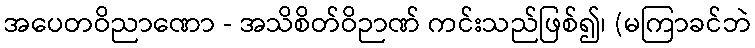
အပေတဝိညာဏော - အသိစိတ်ဝိဉာဏ် ကင်းသည်ဖြစ်၍၊ (မကြာခင်ဘဲ